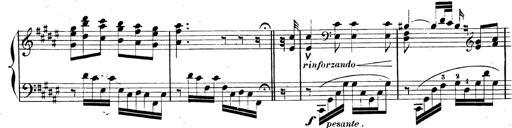
Title: AnnÃ©es de pÃ¨lerinage II, SupplÃ©ment
Composer: Franz Liszt